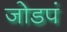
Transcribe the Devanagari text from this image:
जोडपं